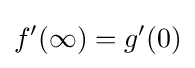
f'(\infty )=g'(0)